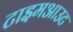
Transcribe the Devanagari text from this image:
टाइमआउट